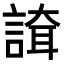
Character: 𧪇